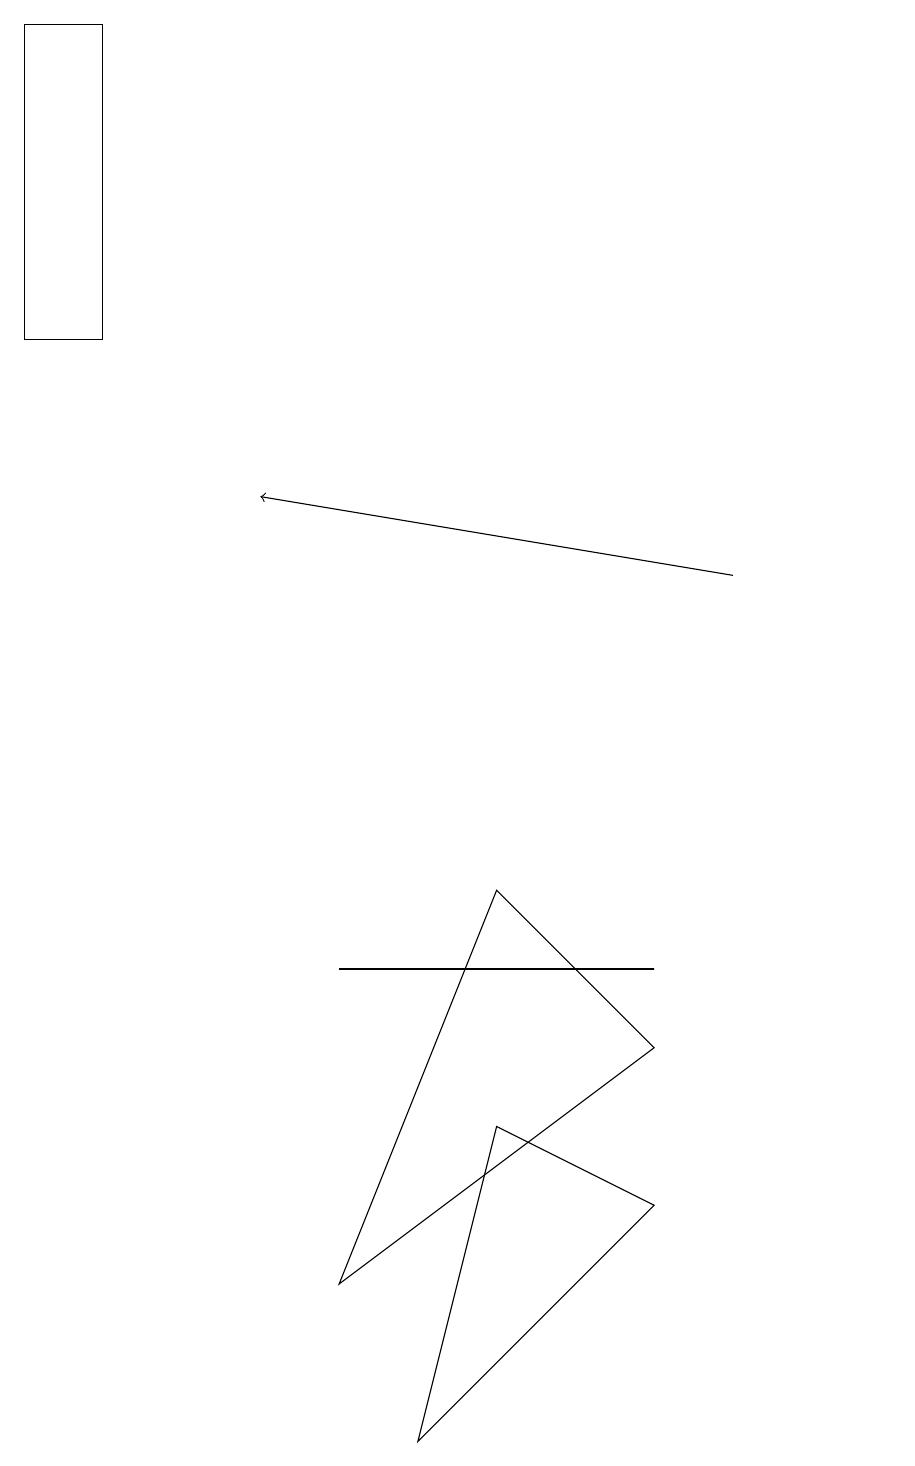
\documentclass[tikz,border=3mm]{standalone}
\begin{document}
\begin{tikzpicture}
\draw (0,19) rectangle (1,15);
\draw (8,6) -- (6,8) -- (4,3) -- cycle;
\draw (4,7) -- (6,7) -- (8,7) -- cycle;
\draw (6,5) -- (8,4) -- (5,1) -- cycle;
\draw (11,11) circle (0);
\draw[->] (9,12) -- (3,13);
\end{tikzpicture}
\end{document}